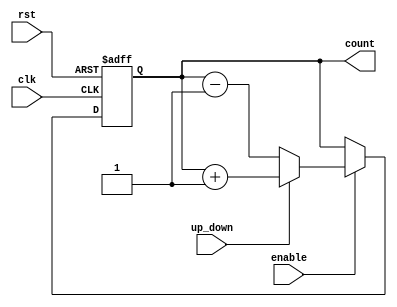
module Counter(
    input clk,
    input rst,
    input up_down,
    input enable,
    output reg[3:0] count
);

always @(posedge clk or posedge rst) begin
    if (rst) begin
        count <= 4'b0000;
    end else if (enable) begin
        if (up_down) begin
            count <= count + 1;
        end else begin
            count <= count - 1;
        end
    end
end

endmodule